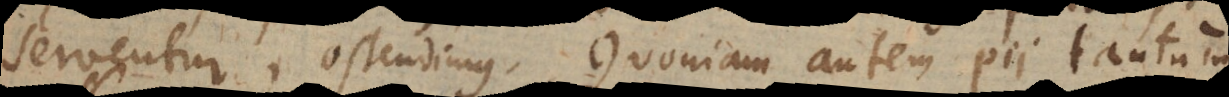
serventur, ostendimus. Quoniam autem pii tantum